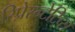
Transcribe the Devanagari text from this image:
रिप्रेस्न्टेटिव्स